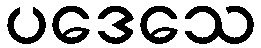
ပဒေသေ